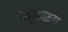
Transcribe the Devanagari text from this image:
मुक्तरूप